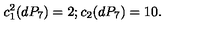
c _ { 1 } ^ { 2 } ( d P _ { 7 } ) = 2 ; c _ { 2 } ( d P _ { 7 } ) = 1 0 .